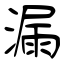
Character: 漏